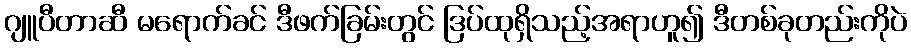
ဂျူပီတာဆီ မရောက်ခင် ဒီဖက်ခြမ်းတွင် ဒြပ်ထုရှိသည့်အရာဟူ၍ ဒီတစ်ခုတည်းကိုပဲ